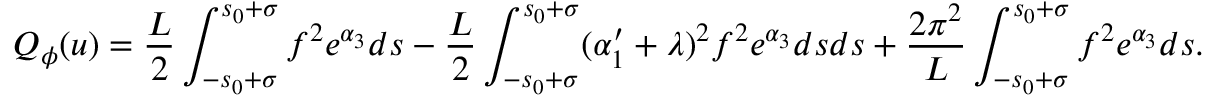
Q _ { \phi } ( u ) = \frac { L } { 2 } \int _ { - s _ { 0 } + \sigma } ^ { s _ { 0 } + \sigma } f ^ { 2 } e ^ { \alpha _ { 3 } } d s - \frac { L } { 2 } \int _ { - s _ { 0 } + \sigma } ^ { s _ { 0 } + \sigma } ( \alpha _ { 1 } ^ { \prime } + \lambda ) ^ { 2 } f ^ { 2 } e ^ { \alpha _ { 3 } } d s d s + \frac { 2 \pi ^ { 2 } } { L } \int _ { - s _ { 0 } + \sigma } ^ { s _ { 0 } + \sigma } f ^ { 2 } e ^ { \alpha _ { 3 } } d s .